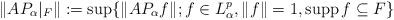
LaTeX: \begin{align*}\| AP_\alpha|_F\| := \sup \{ \| AP_\alpha f\|; f \in L_\alpha^p, \| f\|=1, \operatorname{supp} f \subseteq F\}\end{align*}